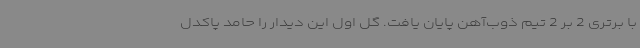
با برتری 2 بر 2 تیم ذوب‌آهن پایان یافت. گل اول این دیدار را حامد پاکدل